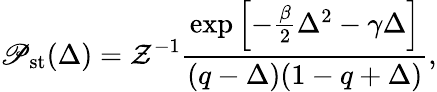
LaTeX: \mathscr{P}_{\mathrm{{st}}}(\Delta)=\mathcal{{Z}}^{-1}\frac{{\mathrm{{exp}}\left[-\frac{{\beta}}{{2}}\Delta^{2}-\gamma\Delta\right]}}{{(q-\Delta)(1-q+\Delta)}},